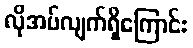
လိုအပ်လျက်ရှိကြောင်း